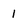
Character: 1